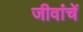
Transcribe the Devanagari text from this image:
जीवांचें